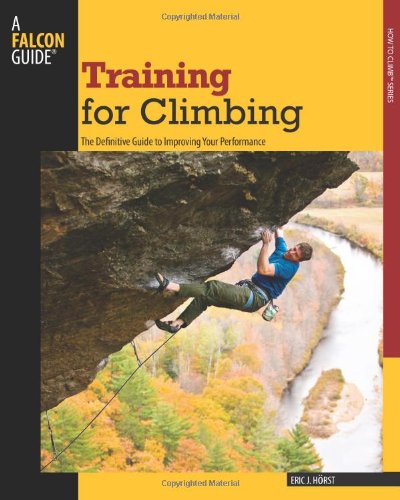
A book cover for Training for Climbing: The Definitive Guide To Improving Your Performance (How To Climb Series); Eric Horst; Sports & Outdoors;